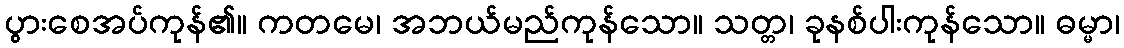
ပွားစေအပ်ကုန်၏။ ကတမေ၊ အဘယ်မည်ကုန်သော။ သတ္တ၊ ခုနစ်ပါးကုန်သော။ ဓမ္မာ၊